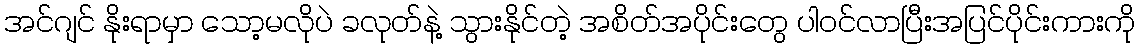
အင်ဂျင် နိုးရာမှာ သော့မလိုပဲ ခလုတ်နဲ့ သွားနိုင်တဲ့ အစိတ်အပိုင်းတွေ ပါဝင်လာပြီးအပြင်ပိုင်းကားကို